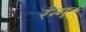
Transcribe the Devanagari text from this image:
रन्ग